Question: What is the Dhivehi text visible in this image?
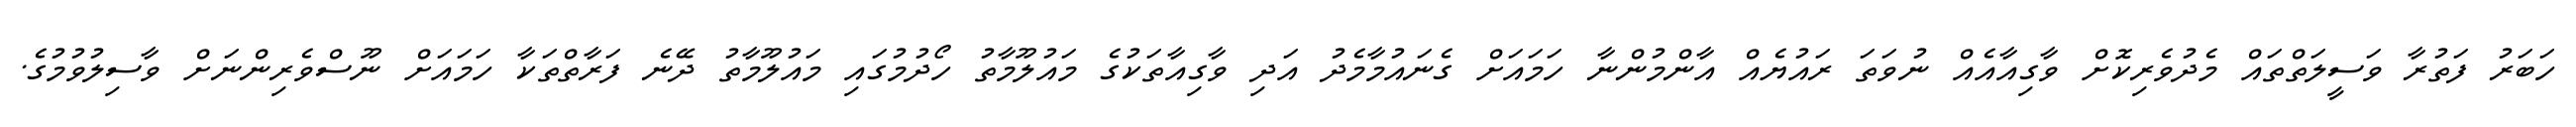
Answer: ހަބަރު ފަތުރާ ވަސީލަތްތައް މެދުވެރިކޮށް ވާގިއާއެއް ނުވަތަ ރައުޔެއް އާންމުންނާ ހަމައަށް ގެނައުމާމެދު އަދި ވާގިއާތަކުގެ މައުލޫމާތު ހޯދުމުގައި މައުލޫމާތު ދޭނެ ފަރާތްތަކާ ހަމައަށް ނޫސްވެރިންނަށް ވާސިލުވުމުގެ.